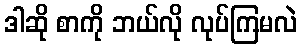
ဒါဆို စာကို ဘယ်လို လုပ်ကြမလဲ